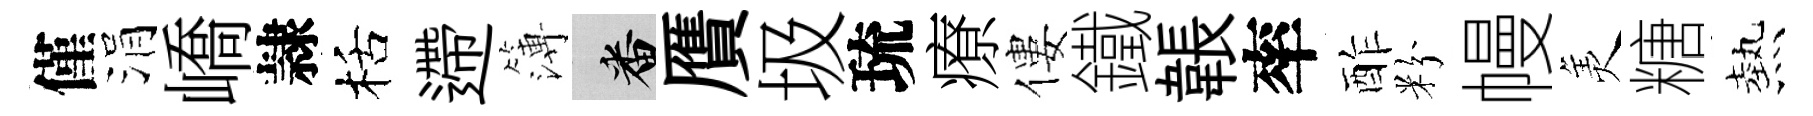
僅涓嶠隷栝遰簿番贋圾琉療僂鐵韔率酢粉幔羙糖熱